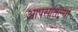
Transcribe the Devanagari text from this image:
आपसातल्या